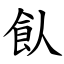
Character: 飤